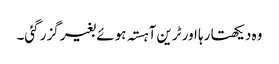
وہ دیکھتا رہا اور ٹرین آہستہ ہوئے بغیر گزر گئی۔